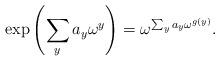
LaTeX: \begin{align*} \exp\left(\sum_{y}a_{y}\omega^{y}\right)=\omega^{\sum_{y}a_{y}\omega^{g(y)}}. \end{align*}